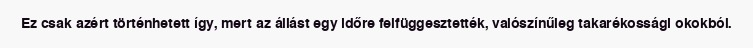
Ez csak azért történhetett így, mert az állást egy időre felfüggesztették, valószínűleg takarékossági okokból.